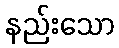
နည်းသော